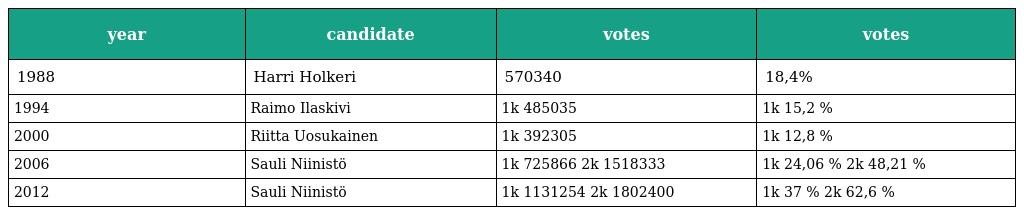
| year | candidate | votes | votes |
 | --- | --- | --- | --- |
 | 1988 | Harri Holkeri | 570340 | 18,4% |
 | 1994 | Raimo Ilaskivi | 1k 485035 | 1k 15,2 % |
 | 2000 | Riitta Uosukainen | 1k 392305 | 1k 12,8 % |
 | 2006 | Sauli Niinistö | 1k 725866 2k 1518333 | 1k 24,06 % 2k 48,21 % |
 | 2012 | Sauli Niinistö | 1k 1131254 2k 1802400 | 1k 37 % 2k 62,6 % |